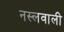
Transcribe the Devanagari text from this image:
नस्लवाली